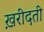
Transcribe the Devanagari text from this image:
ख़रीदती